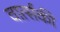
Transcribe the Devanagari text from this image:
वार्त्सकी